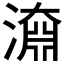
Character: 𣽂